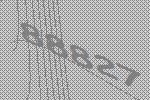
88827